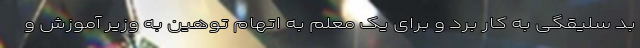
بد سلیقگی به کار برد و برای یک معلم به اتهام توهین به وزیر آموزش و